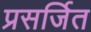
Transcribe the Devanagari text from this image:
प्रसर्जित